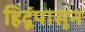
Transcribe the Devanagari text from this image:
हिंदूंपासून